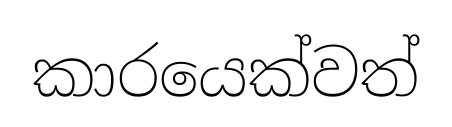
කාරයෙක්වත්